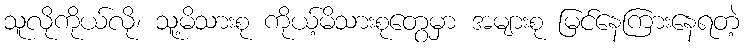
သူလိုကိုယ်လို၊ သူ့မိသားစု ကိုယ့်မိသားစုတွေမှာ အများစု မြင်နေကြားနေရတဲ့